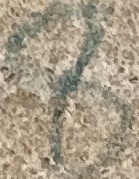
8